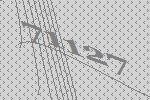
71127